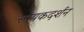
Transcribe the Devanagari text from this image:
सम्यकदर्शन